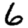
Digit: 6